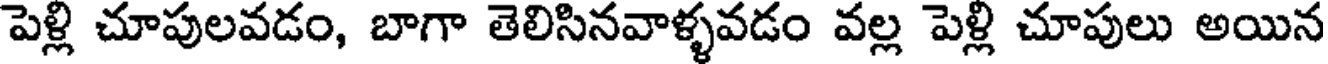
పెళ్లి చూపులవడం, బాగా తెలిసినవాళ్ళవడం వల్ల పెళ్లి చూపులు అయిన